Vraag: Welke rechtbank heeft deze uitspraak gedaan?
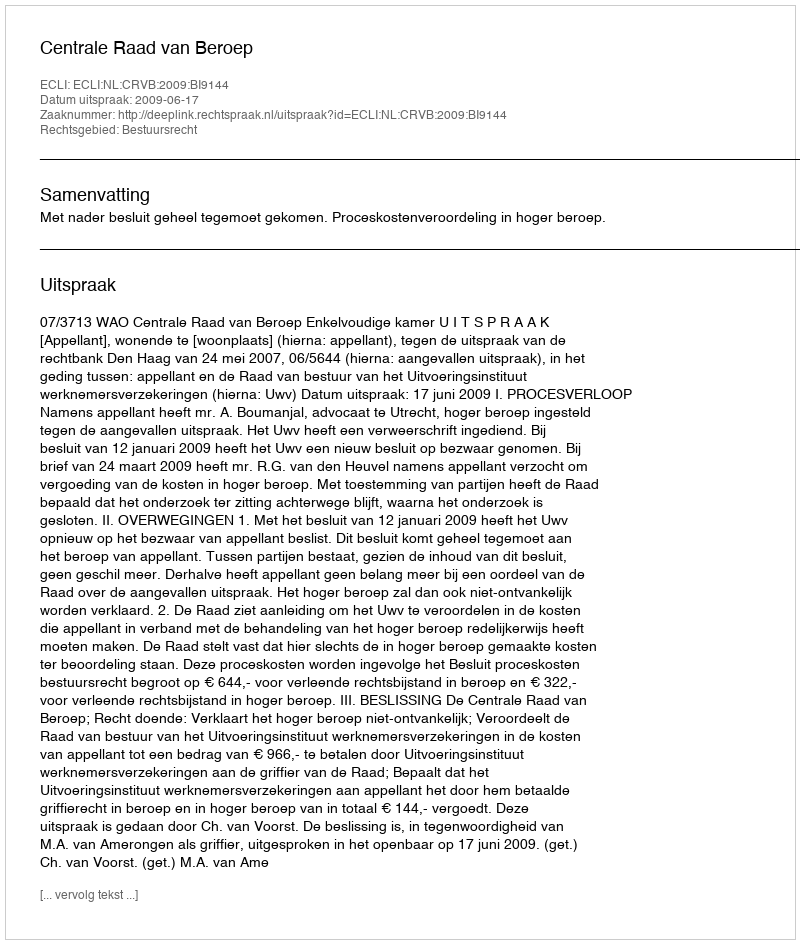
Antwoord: Centrale Raad van Beroep